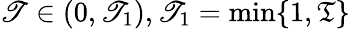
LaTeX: \mathscr{T}\in(0,\mathscr{T}_{1}),\mathscr{T}_{1}=\displaystyle\operatorname*{min}\{ 1,\mathfrak{T}\}